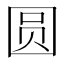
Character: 圆